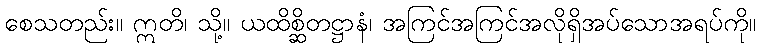
စေသတည်း။ ဣတိ၊ သို့။ ယထိစ္ဆိတဋ္ဌာနံ၊ အကြင်အကြင်အလိုရှိအပ်သောအရပ်ကို။